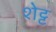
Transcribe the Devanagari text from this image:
शेट्ट